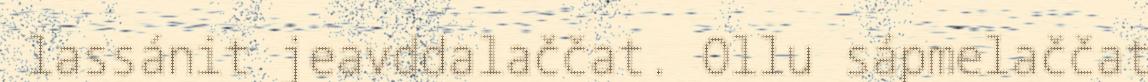
lassánit jeavddalaččat. Ollu sápmelaččat